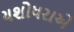
યશોધરાએ